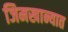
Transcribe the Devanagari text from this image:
जिमखान्यात